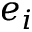
e _ { i }